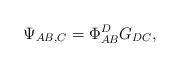
LaTeX: \begin{align*}\Psi_{AB,C}=\Phi^D_{AB}G_{DC},\end{align*}